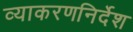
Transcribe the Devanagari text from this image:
व्याकरणनिर्देश